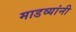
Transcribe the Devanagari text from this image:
माडव्यांनी